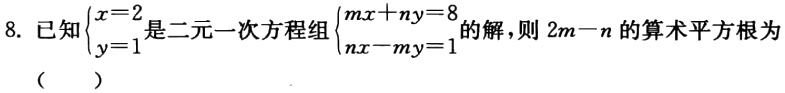
8. 已知$\begin{cases}x = 2\\y = 1\end{cases}$是二元一次方程组$\begin{cases}mx + ny = 8\\nx - my = 1\end{cases}$的解，则$2m - n$的算术平方根为（  ）